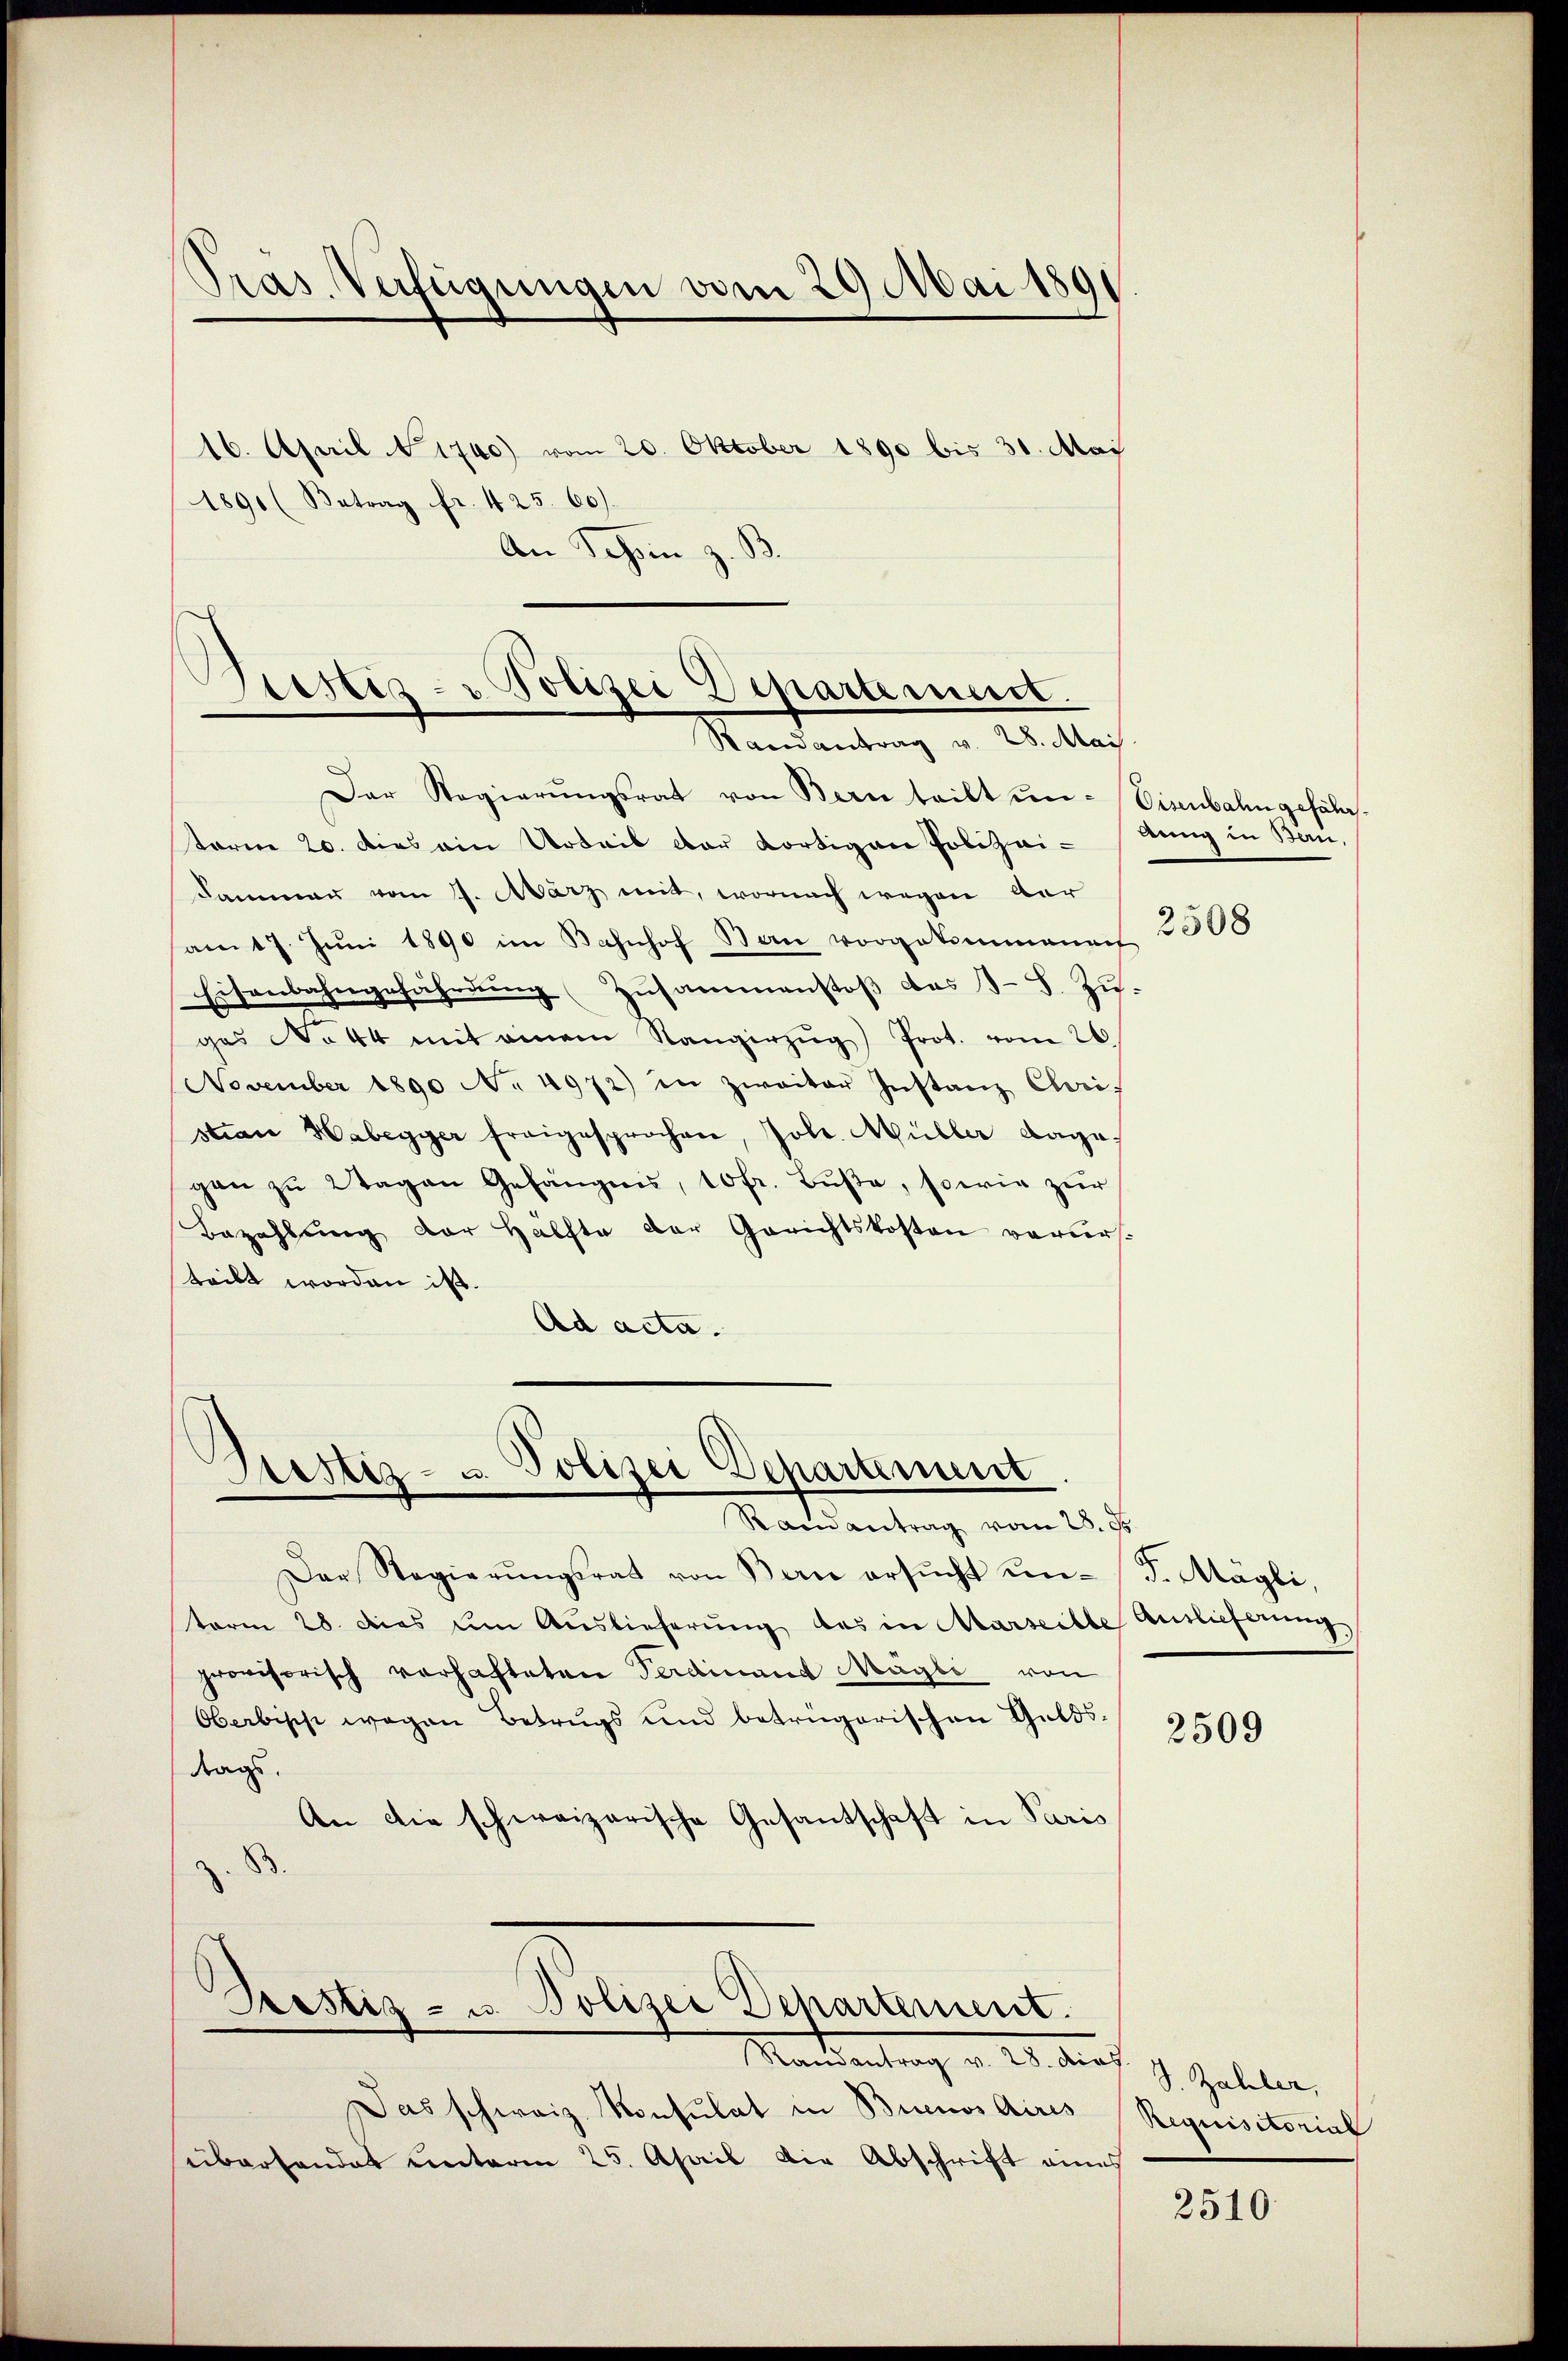
Pras. Verfügungen vom 29. Mai 189

Sistiz- & Polizei Departement.
Randantrag v. 28. Mai.
Der Regierŭngsrat von Bern teilt ŭn-Eisenbahn gefähr¬

torne 20. dies ain Urteil der Kortigen Polizei-Bung in Ban
Fammann vom 4. März mit, wornach wegen der
am 17. Jŭni 1890 im Bahnhof Bau vorgekommanach
Eisenbahngefährdung Zusammenstoß das 3 S. Zugas No 44 mit einem Rangerzŭg) Prot. vom 26
November 1890 N. 4972) in zweiter Instanz Chori-
stian Habegier freigesprochen, Joh. Müller dagegan zu Wagen Gefängnis, 10 fr. Buße, sowie zur
Bezahlung der Hälfte der Gerichtskosten verurs-
teilt worden ist.
Ad acta.

16. April 1740) vom 20. Oktober 1890 bis 31. Mai
1891 (Betrag fr. 425. 60).
An Schon z. B.

Bestiz- u. Polizei Departement
Randantrag vom 28. d.

Prestiz- u. Polizei Departement.
Madeantrag v. 23. durch J. Zahler,

Der Regierŭngsrat von Bern ersŭcht un-
term 28. Dies um Auslieferung des in Marseille Auslieferung
provisorisch verhafteten Ferdinand Mägli von
Oberbische wegen Betrugs und betrügerischen Geldstrags,
An die schweizerische Gesantschaft in Paris
z. B.

Das schweiz. Konsulat in Buenos Aires
überhandet unterm 25. April die Abschrift eines

2508

F. Mögli,

2509

Requisitorial

2510